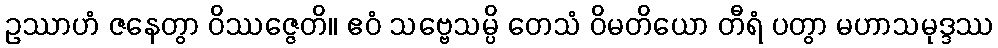
ဥဿာဟံ ဇနေတွာ ဝိဿဇ္ဇေတိ။ ဧဝံ သဗ္ဗေသမ္ပိ တေသံ ဝိမတိယော တီရံ ပတွာ မဟာသမုဒ္ဒဿ